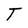
Character: T